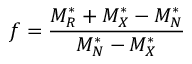
f = \frac { M _ { R } ^ { * } + M _ { X } ^ { * } - M _ { N } ^ { * } } { M _ { N } ^ { * } - M _ { X } ^ { * } }